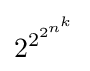
2^{2^{2^{n^{k}}}}